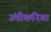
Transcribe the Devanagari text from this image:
उंचीकरिता